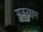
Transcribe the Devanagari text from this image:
सृजनक्षम